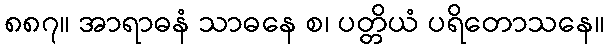
၈၈၇။ အာရာဓနံ သာဓနေ စ၊ ပတ္တိယံ ပရိတောသနေ။